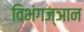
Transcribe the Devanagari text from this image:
विभंगज्ञान